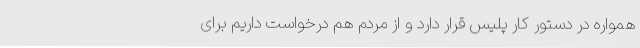
همواره در دستور کار پلیس قرار دارد و از مردم هم درخواست داریم برای